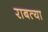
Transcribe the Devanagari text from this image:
राबत्या